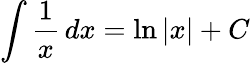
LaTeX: \int{\frac{1}{x}}\, dx=\ln\left|x\right|+C